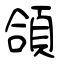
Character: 頜